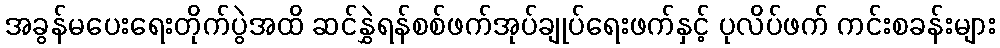
အခွန်မပေးရေးတိုက်ပွဲအထိ ဆင်နွှဲရန်စစ်ဖက်အုပ်ချုပ်ရေးဖက်နှင့် ပုလိပ်ဖက် ကင်းစခန်းများ